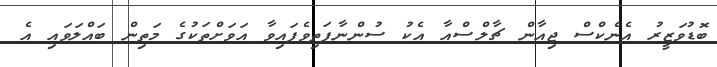
ބޮޑުވަޒީރު އެނެކްސް ޖިއާން ޗާލްސްއާ އެކު ސުންނާފަތިވެފައިވާ އަވަށްތަކުގެ މަތިން ބައްލަވައި އެ